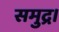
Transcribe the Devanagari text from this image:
समुद्र।